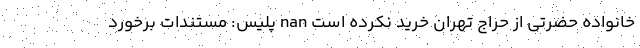
خانواده حضرتی از حراج تهران خريد نكرده است nan پلیس: مستندات برخورد